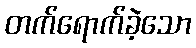
တက်ရောက်ခဲ့သော